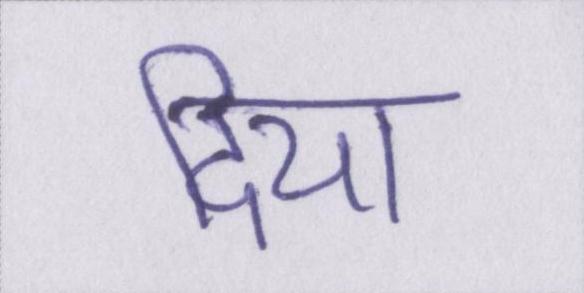
दिया